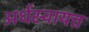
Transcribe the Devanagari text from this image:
अर्धस्वायत्त